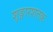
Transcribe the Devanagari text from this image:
शृङ्गारशतक